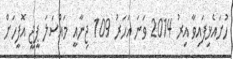
ހުށައެޅިފައިވާ އިރު 2014 ވަނަ އަހަރު 109 ޖިނާއީ މައްސަލަ ޕީޖީ އޮފީހަށް